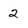
Character: 2